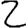
Digit: 2